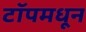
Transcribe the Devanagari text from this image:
टॉपमधून